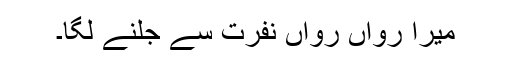
میرا رواں رواں نفرت سے جلنے لگا۔